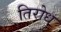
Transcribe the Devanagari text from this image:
तिरोध